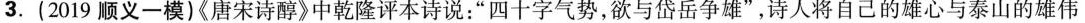
3.(2019顺义一模)《唐宋诗醇》中乾隆评本诗说：”四十字气势，欲与岱岳争雄”，诗人将自己的雄心与泰山的雄伟